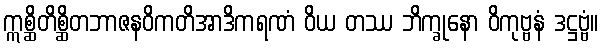
ဣစ္ဆိတိစ္ဆိတဘာဇနဝိကတိအာဒိကရဏံ ဝိယ တဿ ဘိက္ခုနော ဝိကုဗ္ဗနံ ဒဋ္ဌဗ္ဗံ။